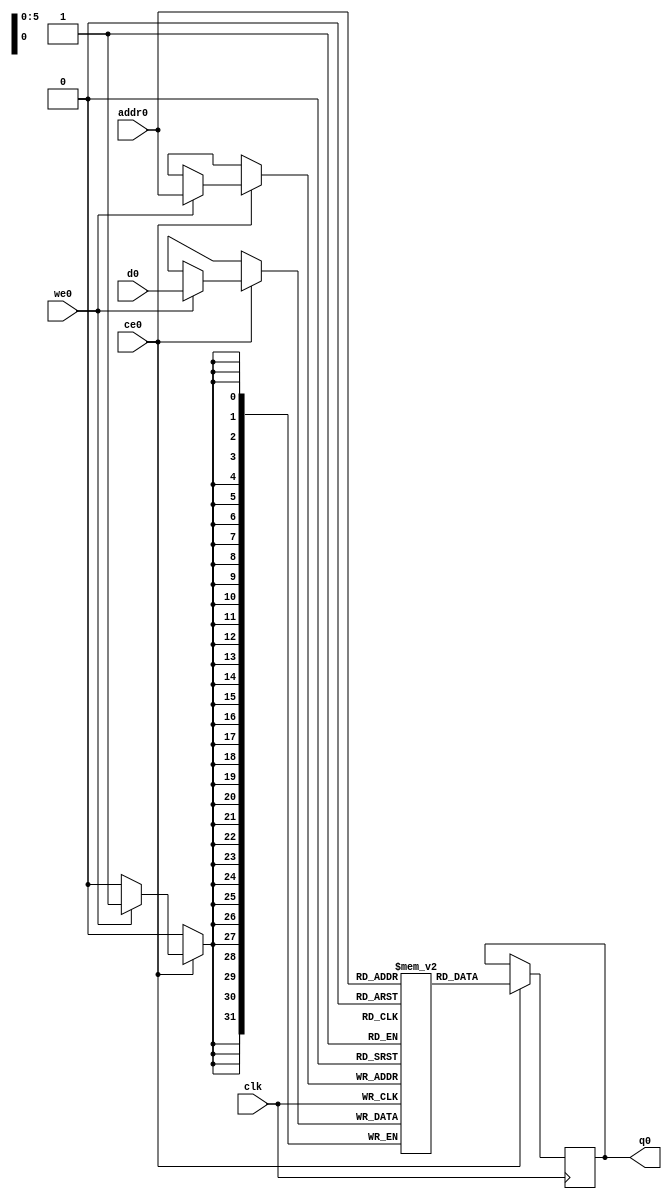
module check_dmem_ram (addr0, ce0, d0, we0, q0,  clk);

parameter DWIDTH = 32;
parameter AWIDTH = 6;
parameter MEM_SIZE = 64;

input[AWIDTH-1:0] addr0;
input ce0;
input[DWIDTH-1:0] d0;
input we0;
output reg[DWIDTH-1:0] q0;
input clk;

(* ram_style = "block" *)reg [DWIDTH-1:0] ram[0:MEM_SIZE-1];




always @(posedge clk)  
begin 
    if (ce0) 
    begin
        if (we0) 
        begin 
            ram[addr0] <= d0; 
        end 
        q0 <= ram[addr0];
    end
end


endmodule